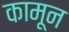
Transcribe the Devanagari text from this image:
कामून